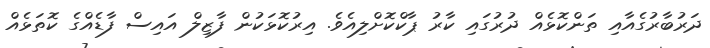
ދަރުބާރުގެއާއި ތަންކޮޅެއް ދުރުގައި ކާރު ޕާކްކޮށްލިއެވެ. އިރުކޮޅަކުން ފާޒިލް އައިސް ފާޑެއްގެ ކޮތަޅެއް